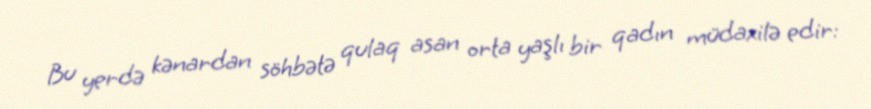
Bu yerdə kənardan söhbətə qulaq asan orta yaşlı bir qadın müdaxilə edir: